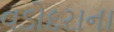
વડોદરાના